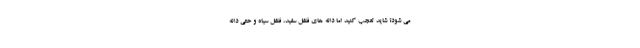
می شود؟ شاید تعجب کنید اما دانه های فلفل سفید، فلفل سیاه و حتی دانه